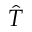
\hat { T }